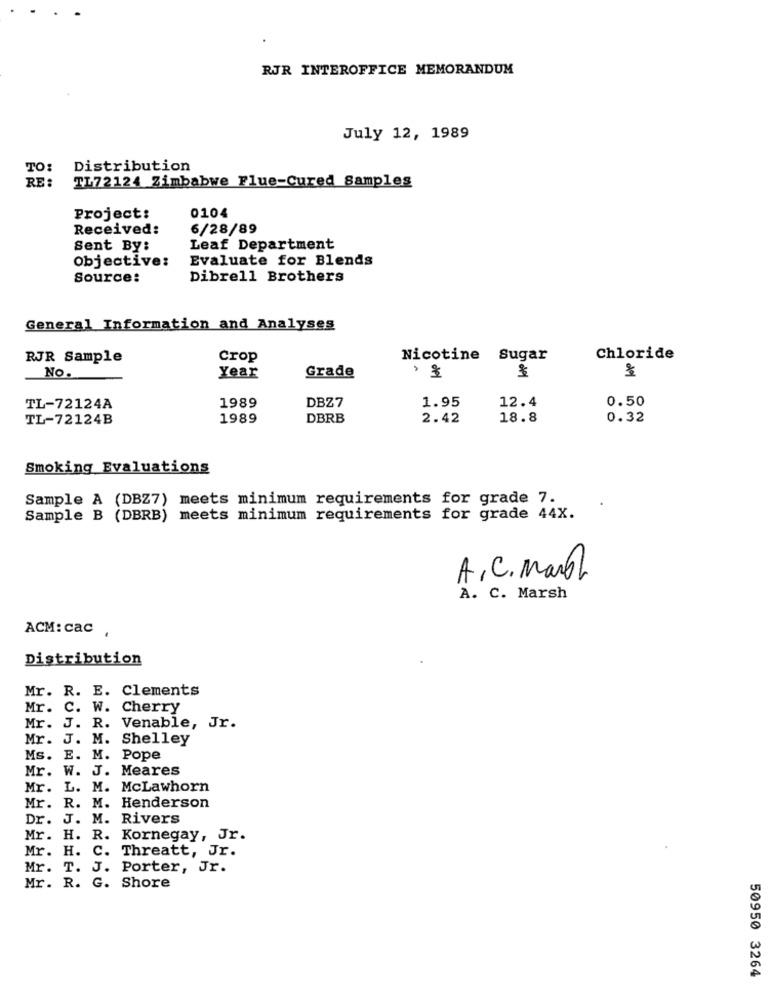
RJR INTEROFFICE MEMORANDUM
July 12, 1989
TO:
Distribution
TL72124 Zimbabwe Flue-Cured Samples
RE :
0104
Project:
Received:
6/28/89
Sent By:
Leaf Department
Objective:
Evaluate for Blends
Source:
Dibrell Brothers
General Information and Analyses
RJR Sample
Crop
Nicotine Sugar
Chloride
Year
$
No.
Grade
1989
DBZ7
0.50
TL-72124A
1.95
12.4
TL-72124B
1989
DBRB
2.42
18.8
0.32
Smoking Evaluations
Sample A (DBZ7) meets minimum requirements for grade 7.
Sample B (DBRB) meets minimum requirements for grade 44X.
A. C. March
A. C. Marsh
ACM: cac
Distribution
Mr. R. E. Clements
Mr. C. W. Cherry
Mr. J. R. Venable, Jr.
Mr. J. M. Shelley
Ms. E. M. Pope
Mr. W. J. Meares
Mr. L. M. McLawhorn
Mr. R. M. Henderson
Dr. J. M. Rivers
Mr. H. R. Kornegay, Jr.
Mr. H. C. Threatt, Jr.
Mr. T. J. Porter, Jr.
Mr. R. G. Shore
50950 3264